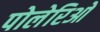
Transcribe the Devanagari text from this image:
पोलेरिओ